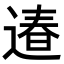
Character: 𨕌